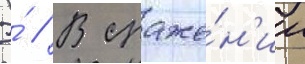
Э́ // В сраже́н'ии